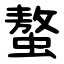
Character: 螯